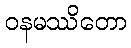
ဝနမဿိတော